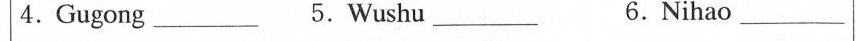
4.Gugong ___5.Wushu 6._Nihao _